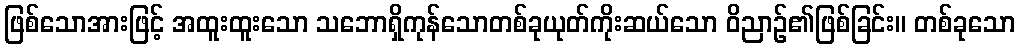
ဖြစ်သောအားဖြင့် အထူးထူးသော သဘောရှိကုန်သောတစ်ခုယုတ်ကိုးဆယ်သော ဝိညာဉ်၏ဖြစ်ခြင်း။ တစ်ခုသော